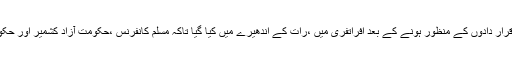
یہ معاہدہ کشمیر کے بارے میں ا قوام متحدہ کی قرار دادوں کے منظور ہونے کے بعد افراتفری میں ،رات کے اندھیرے میں کیا گیا تاکہ مسلم کانفرنس ،حکومت آزاد کشمیر اور حکومت پاکستان کے دائرہ اختیار کا تعین کیا جائے۔